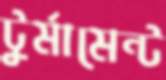
টুর্মামেন্ট